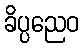
ခိပ္ပညေဝ